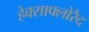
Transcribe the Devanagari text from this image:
हेक्साफ्लोरैद